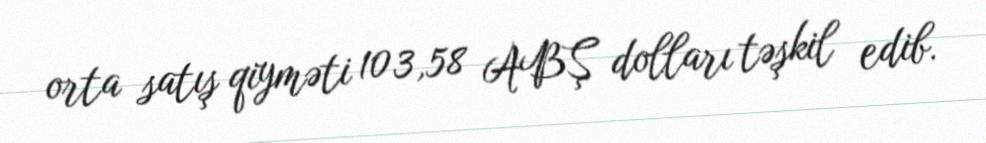
orta satış qiyməti 103,58 ABŞ dolları təşkil edib.